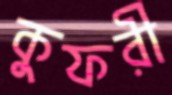
কুফরী